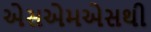
એસએમએસથી